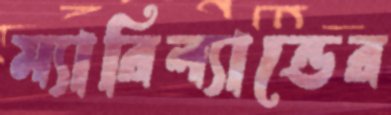
ম্যারিল্যান্ডের